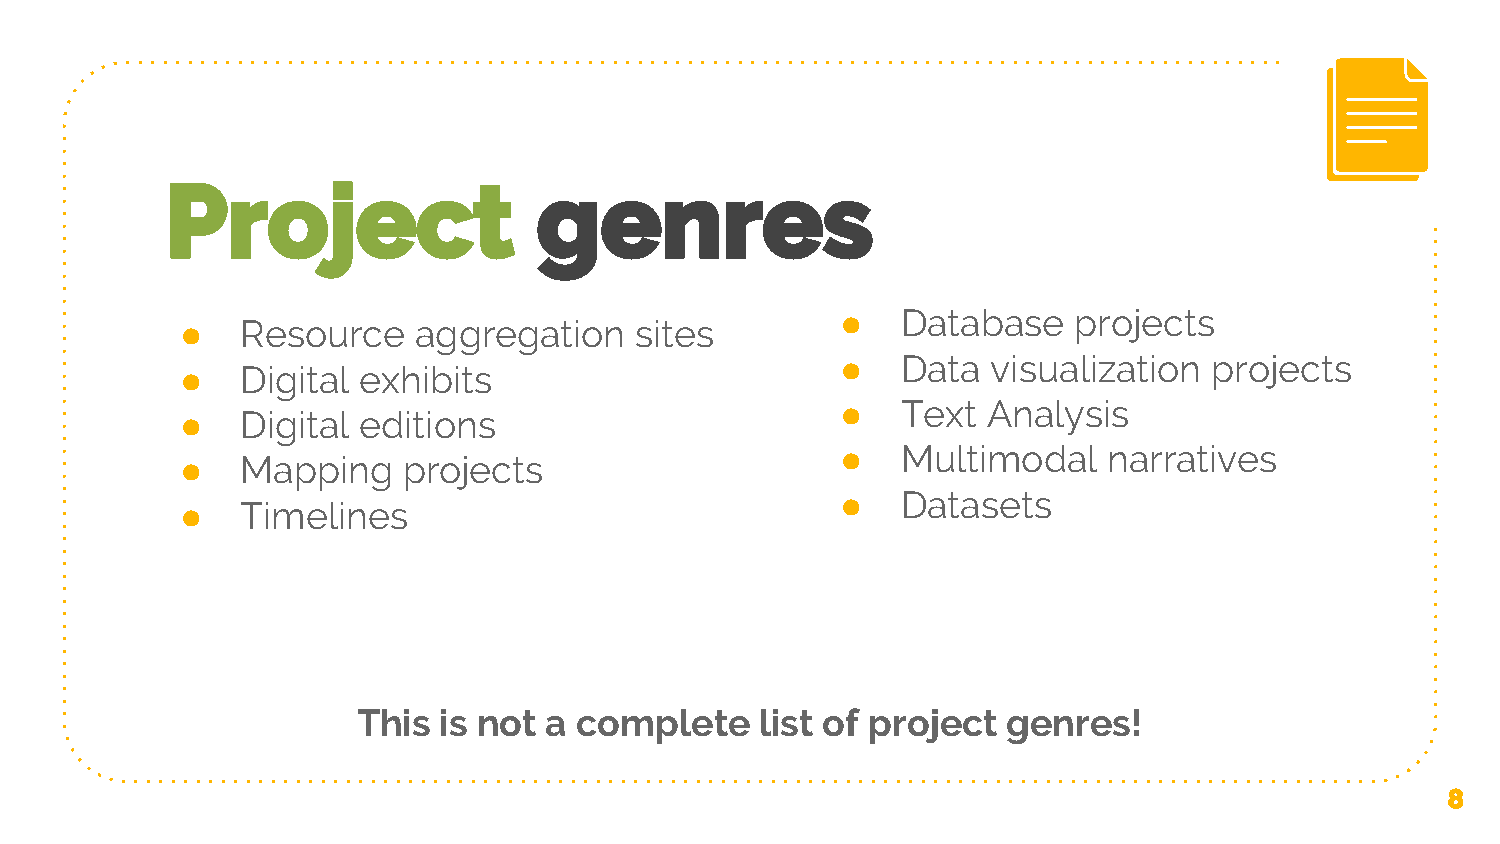
Project                  genres
 ●   Database   projects
 ●   Resource   aggregation    sites
 ●   Data  visualization projects
 ●   Digital exhibits
 ●   Text Analysis
 ●   Digital editions
 ●   Multimodal   narratives
 ●   Mapping    projects
 ●   Datasets
 ●   Timelines
 This is not a complete    list of project  genres!
 8